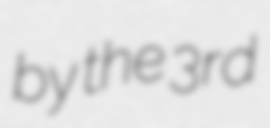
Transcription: by the 3rd